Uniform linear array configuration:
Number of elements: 24
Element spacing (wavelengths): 1
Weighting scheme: kaiser
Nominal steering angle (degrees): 30
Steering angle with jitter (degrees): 29.315
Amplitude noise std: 0.05
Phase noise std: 0.05

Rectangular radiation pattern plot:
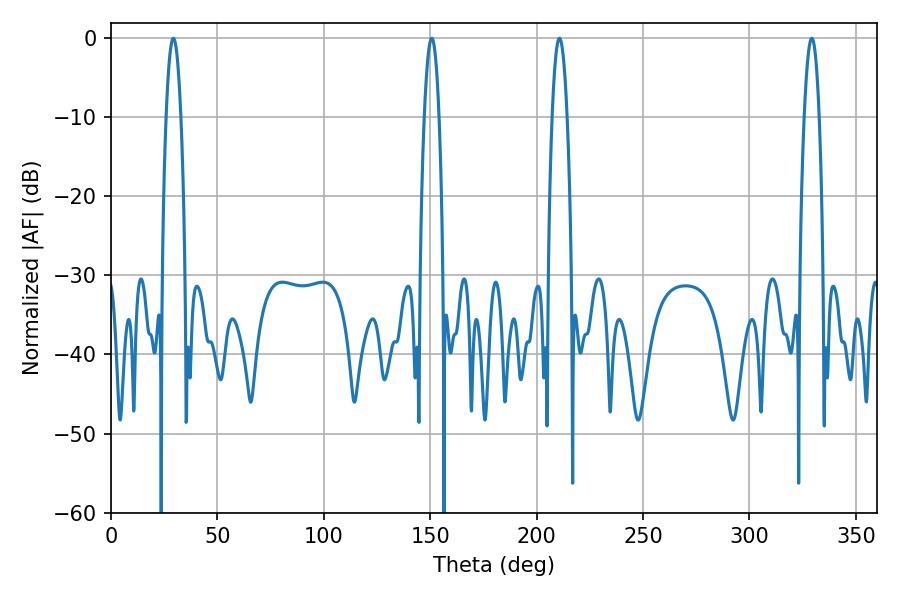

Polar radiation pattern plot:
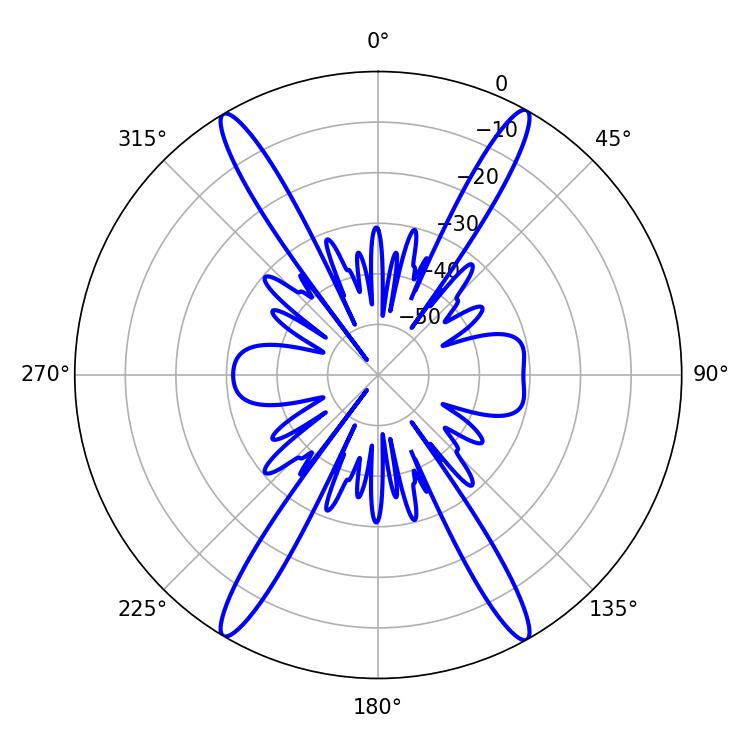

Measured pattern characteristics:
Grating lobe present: TRUE
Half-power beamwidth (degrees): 3.78
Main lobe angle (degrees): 29.34